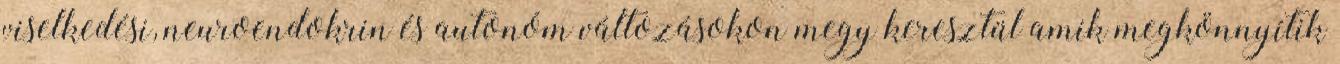
viselkedési, neuroendokrin és autonóm változásokon megy keresztül amik megkönnyítik